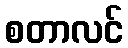
စတာလင်